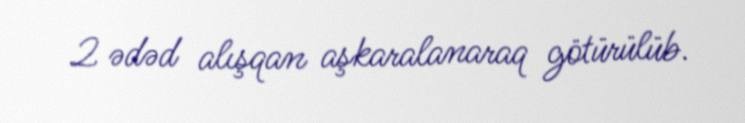
2 ədəd alışqan aşkaralanaraq götürülüb.